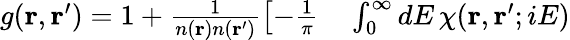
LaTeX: \begin{array}{rl}{g(\mathbf{r},\mathbf{r}^{\prime})=1+\frac{1}{n(\mathbf{r})n(\mathbf{r}^{\prime})}\left[-\frac{1}{\pi}\right.}&{{}\int_{0}^{\infty}dE\, \chi(\mathbf{r},\mathbf{r}^{\prime};iE)}\end{array}